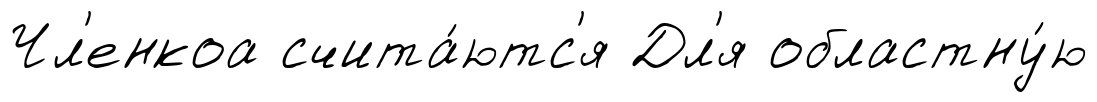
Чл'енкоа счита́ютс'я Дл'я областну́ю